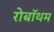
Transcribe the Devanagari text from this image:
रोबॉथम